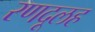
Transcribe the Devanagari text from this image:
रणदूलह